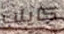
كايلب